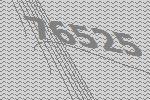
76525